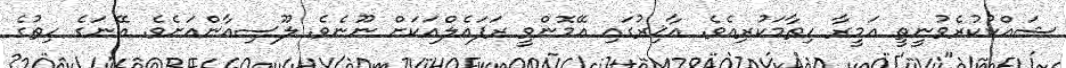
ޝައްކުކުރެވުނީތީ އަމީރާ ހިތާމަކުރިއެވެ. އާޚިރުގައި އޭމޮންވީ ރަފައެލްއަކަށް ނޫނެވެ. ލޫސިއާންއަށެވެ. އޭނަގެ ހިތުގެ